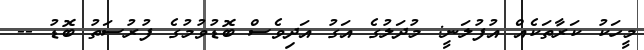
މީހަކު ކަރާތަކެއް އުފުލަނީ: މުދަލުގެ އަގު އަދިވެސް ބޮޑުވުމުގެ ފުރުސަތު ބޮޑު --